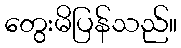
တွေးမိပြန်သည်။